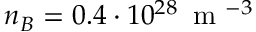
n _ { B } = 0 . 4 \cdot 1 0 ^ { 2 8 } \, \mathrm { ~ m ~ } ^ { - 3 }